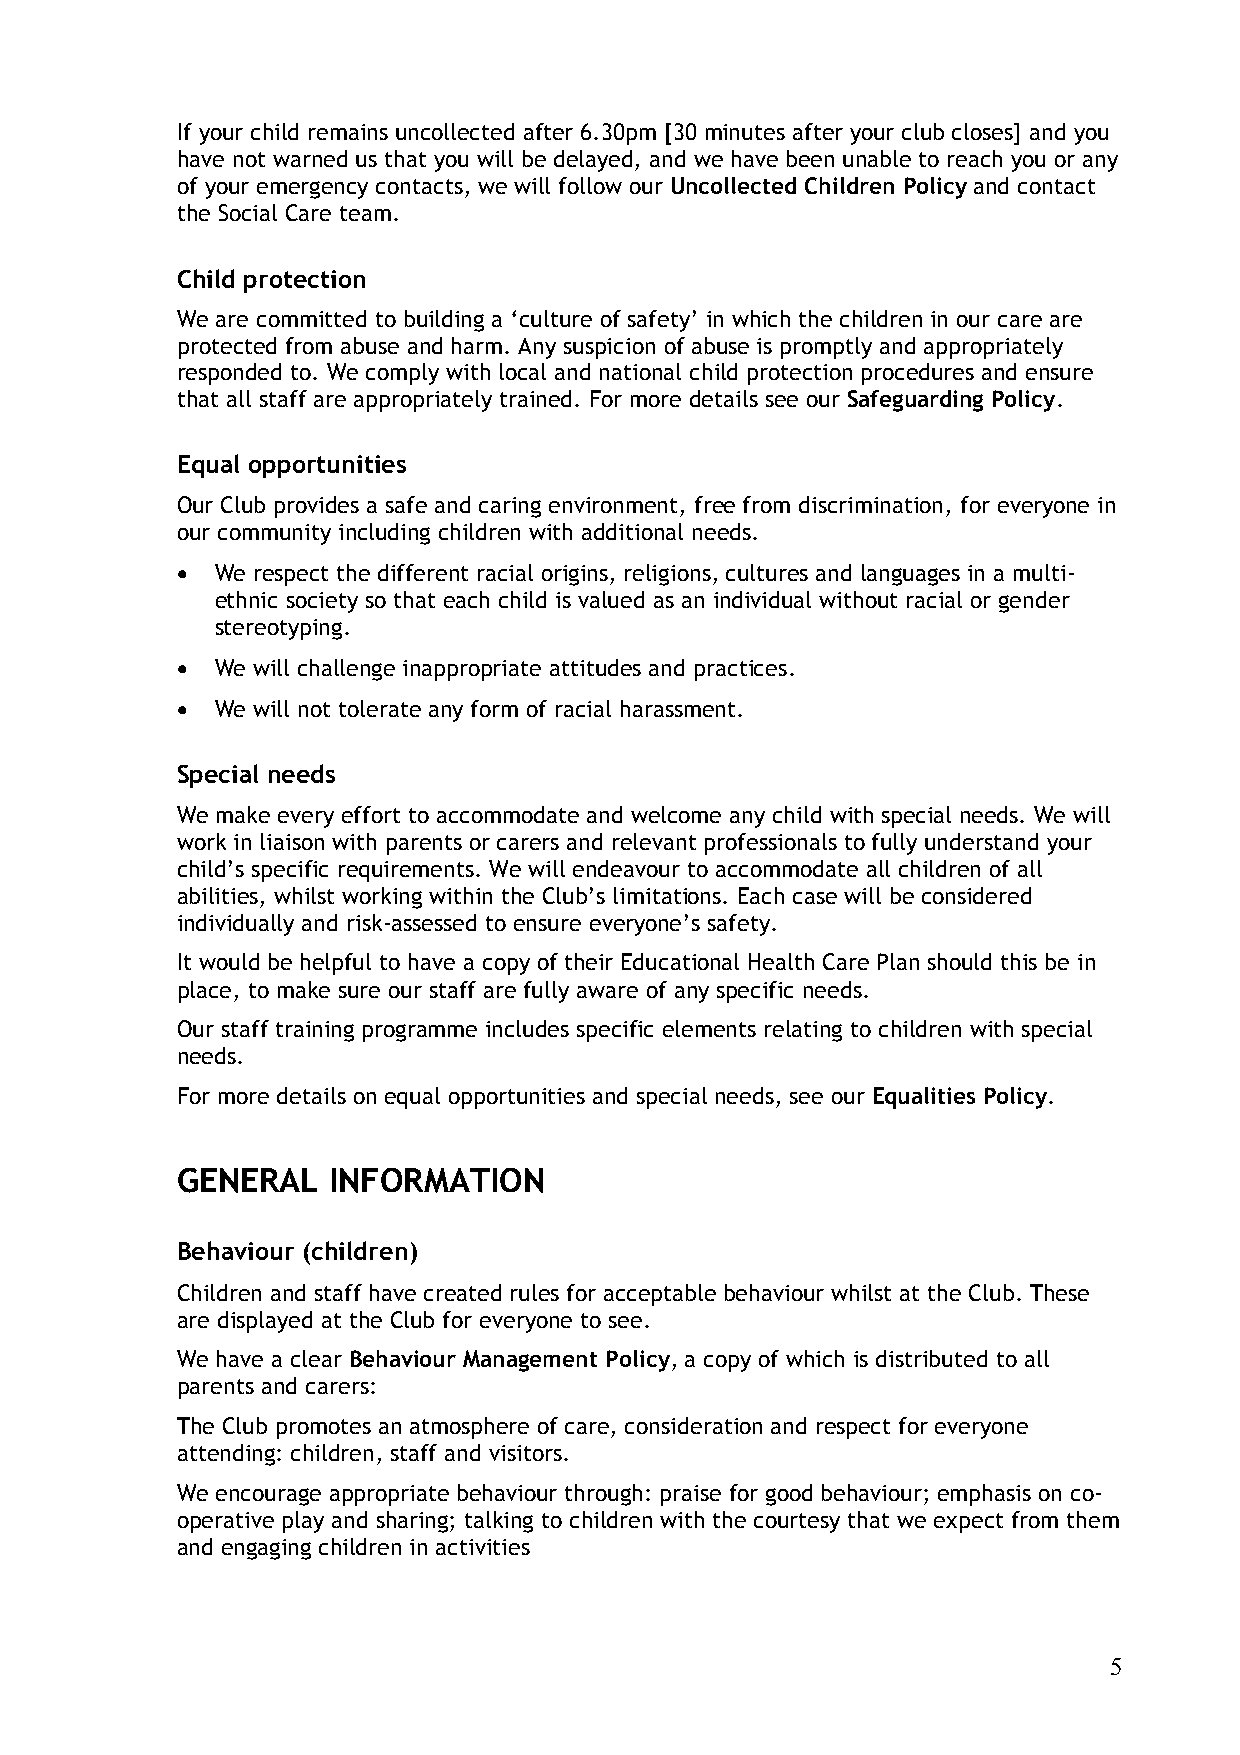
If your child remains uncollected after 6.30pm [30 minutes after your club closes] and you
 have not warned us that you will be delayed, and we have been unable to reach you or any
 of your emergency contacts, we will follow our Uncollected Children Policy and contact
 the Social Care team.
 Child protection
 We are committed to building a ‘culture of safety’ in which the children in our care are
 protected from abuse and harm. Any suspicion of abuse is promptly and appropriately
 responded to. We comply with local and national child protection procedures and ensure
 that all staff are appropriately trained. For more details see our Safeguarding Policy.
 Equal opportunities
 Our Club provides a safe and caring environment, free from discrimination, for everyone in
 our community including children with additional needs.
  We respect the different racial origins, religions, cultures and languages in a multi-
 ethnic society so that each child is valued as an individual without racial or gender
 stereotyping.
  We will challenge inappropriate attitudes and practices.
  We will not tolerate any form of racial harassment.
 Special needs
 We make every effort to accommodate and welcome any child with special needs. We will
 work in liaison with parents or carers and relevant professionals to fully understand your
 child’s specific requirements. We will endeavour to accommodate all children of all
 abilities, whilst working within the Club’s limitations. Each case will be considered
 individually and risk-assessed to ensure everyone’s safety.
 It would be helpful to have a copy of their Educational Health Care Plan should this be in
 place, to make sure our staff are fully aware of any specific needs.
 Our staff training programme includes specific elements relating to children with special
 needs.
 For more details on equal opportunities and special needs, see our Equalities Policy.
 GENERAL   INFORMATION
 Behaviour (children)
 Children and staff have created rules for acceptable behaviour whilst at the Club. These
 are displayed at the Club for everyone to see.
 We have a clear Behaviour Management Policy, a copy of which is distributed to all
 parents and carers:
 The Club promotes an atmosphere of care, consideration and respect for everyone
 attending: children, staff and visitors.
 We encourage appropriate behaviour through: praise for good behaviour; emphasis on co-
 operative play and sharing; talking to children with the courtesy that we expect from them
 and engaging children in activities
 5